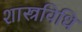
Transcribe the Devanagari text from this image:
शास्त्रविधि